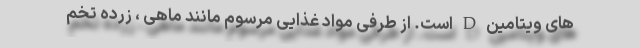
های ویتامین D است. از طرفی مواد غذایی مرسوم مانند ماهی ، زرده تخم